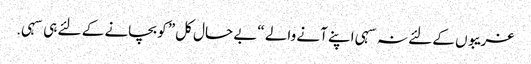
غریبوں کے لئے نہ سہی اپنے آنے والے “بے حال کل” کو بچانے کے لئے ہی سہی.